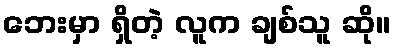
ဘေးမှာ ရှိတဲ့ လူက ချစ်သူ ဆို။